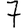
Digit: 7